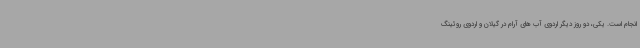
انجام است. یکی، دو روز دیگر اردوی آب های آرام در گیلان و اردوی روئینگ